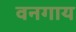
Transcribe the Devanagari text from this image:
वनगाय